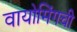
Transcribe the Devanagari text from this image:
वायोमिंगची